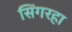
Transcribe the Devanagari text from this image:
सिंगरहा